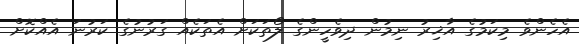
އެހެންވެ މިކަމުގެ އާޚިރު ނިމުން ދިވެހީންގެ ލޯތަކަށް އެތަކެއް ގަރުނުގެ ކަރުނަ އެއްކޮށް